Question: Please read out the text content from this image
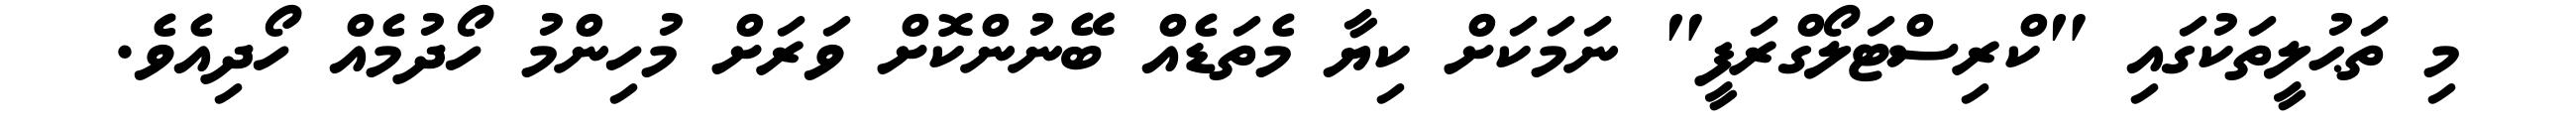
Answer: މި ތަޙުލީތަކުގައި "ކްރިސްޓަލޯގްރަފީ" ނަމަކަށް ކިޔާ މެތަޑެއް ބޭނުންކޮށް ވަރަށް މުހިންމު ހޯދުމެއް ހޯދިއެވެ.